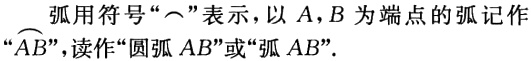
弧用符号“$\overset{\frown}{}$”表示，以 \(A,B\) 为端点的弧记作“\(\overset{\frown}{AB}\)”，读作“圆弧 \(AB\)”或“弧 \(AB\)”。